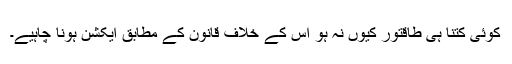
کوئی کتنا ہی طاقتور کیوں نہ ہو اس کے خلاف قانون کے مطابق ایکشن ہونا چاہیے۔